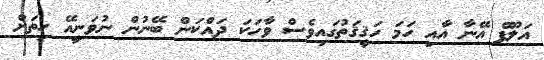
އަލޫފް އޭނާ އާއި ހަމަ ހަޤީޤަތުގައިވެސް ވާހަކަ ދައްކަން ބޭނުން ނުވަނީއޭ ހިތަށް